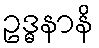
ဥဒ္ဓနာနိ